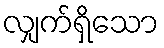
လျှက်ရှိသော